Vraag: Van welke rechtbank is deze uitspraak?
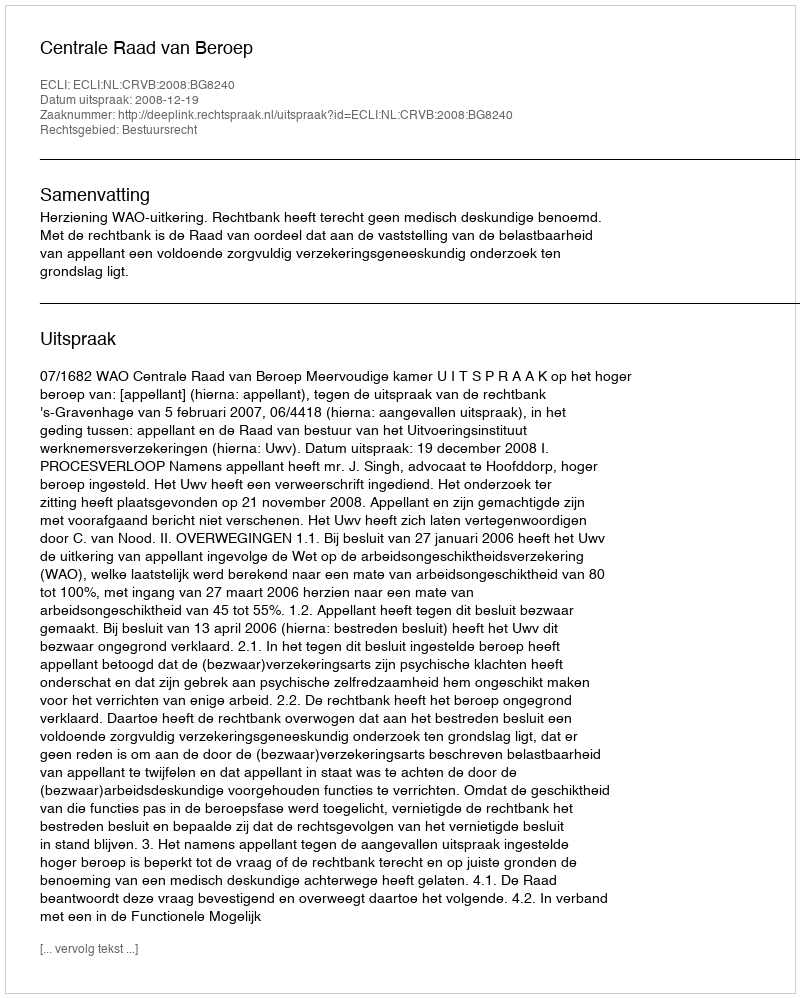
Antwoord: Centrale Raad van Beroep